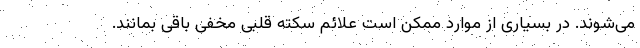
می‌شوند. در بسیاری از موارد ممکن است علائم سکته قلبی مخفی باقی بمانند.